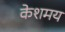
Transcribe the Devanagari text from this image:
केशमय